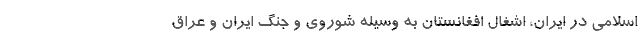
اسلامی در ایران، اشغال افغانستان به وسیله شوروی و جنگ ایران و عراق